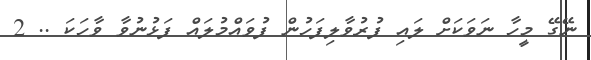
ނޭގޭ މީހާ ނަވަކަށް ލައި ފުރުވާލިފަހުން ފުވައްމުލައް ފަޅުނުވާ ވާހަކަ .. 2